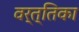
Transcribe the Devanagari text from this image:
वर्त्तिका